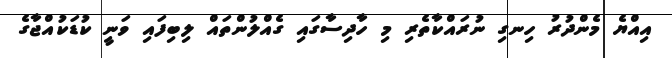
އިއްޔެ މެންދުރު ހިނގި ނުރައްކާތެރި މި ހާދިސާގައި ގެއްލުންތައް ލިބިފައި ވަނީ ކުޑަކުއްޖާގެ